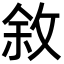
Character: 敘